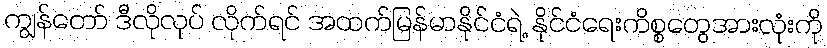
ကျွန်တော် ဒီလိုလုပ် လိုက်ရင် အထက်မြန်မာနိုင်ငံရဲ့ နိုင်ငံရေးကိစ္စတွေအားလုံးကို